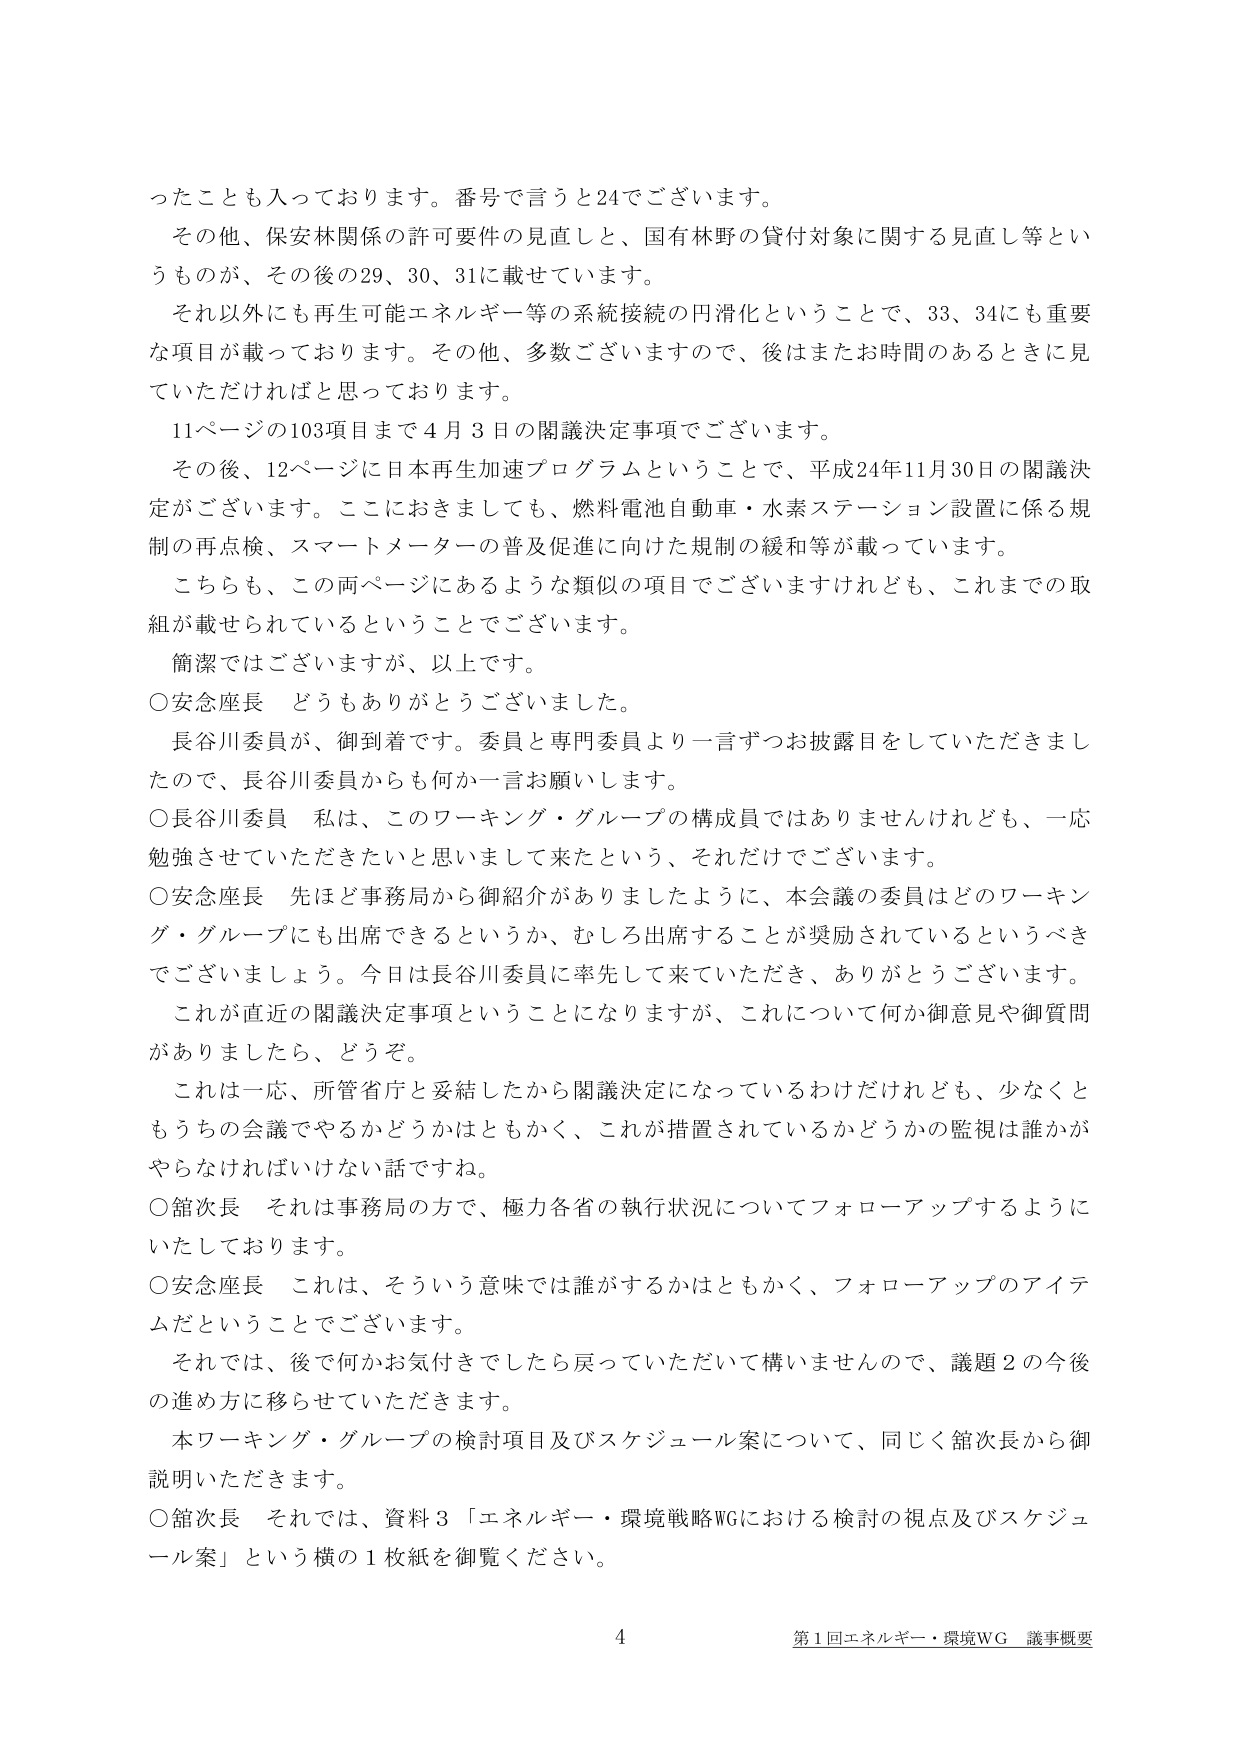
ったことも入っております。番号で言うと24でございます。
その他、保安林関係の許可要件の見直しと、国有林野の貸付対象に関する見直し等というものが、その後の29、30、31に載せています。
それ以外にも再生可能エネルギー等の系統接続の円滑化ということで、33、34にも重要な項目が載っております。その他、多数ございますので、後はまたお時間のあるときに見ていただければと思っております。
11ページの103項目まで4月3日の閣議決定事項でございます。
その後、12ページに日本再生加速プログラムということで、平成24年11月30日の閣議決定がございます。ここにおきましても、燃料電池自動車・水素ステーション設置に係る規制の再点検、スマートメーターの普及促進に向けた規制の緩和等が載っています。
こちらも、この両ページにあるような類似の項目でございますけれども、これまでの取組が載せられているということでございます。
簡潔ではございますが、以上です。
○安念座長 どうもありがとうございました。
長谷川委員が、御到着です。委員と専門委員より一言ずつお披露目をしていただきましたので、長谷川委員からも何か一言お願いします。
○長谷川委員 私は、このワーキング・グループの構成員ではありませんけれども、一応勉強させていただきたいと思いまして来たという、それだけでございます。
○安念座長 先ほど事務局から御紹介がありましたように、本会議の委員はどのワーキング・グループにも出席できるというか、むしろ出席することが奨励されているというべきでございますよう。今日は長谷川委員に率先して来ていただき、ありがとうございます。
これが直近の閣議決定事項ということになりますが、これについて何か御意見や御質問がありましたら、どうぞ。
これは一応、所管省庁と妥結したから閣議決定になっているわけだけれども、少なくともうちの会議でやるかどうかはともかく、これが措置されているかどうかの監視は誰かがやらなければいけない話ですね。
○館次長 それは事務局の方で、極力各省の執行状況についてフォローアップするようにいたしております。
○安念座長 これは、そういう意味では誰がするかはともかく、フォローアップのアイテムだということでございます。
それでは、後で何かお気付きでしたら戻っていただいて構いませんので、議題2の今後の進め方に移らせていただきます。
本ワーキング・グループの検討項目及びスケジュール案について、同じく館次長から御説明いただきます。
○館次長 それでは、資料3「エネルギー・環境戦略WGにおける検討の視点及びスケジュール案」という横の1枚紙を御覧ください。
4 第1回エネルギー・環境WG 議事概要